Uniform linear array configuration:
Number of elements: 64
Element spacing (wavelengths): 0.5
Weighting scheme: blackman
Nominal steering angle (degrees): -45
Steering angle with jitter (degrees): -44.473
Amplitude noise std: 0.05
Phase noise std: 0.05

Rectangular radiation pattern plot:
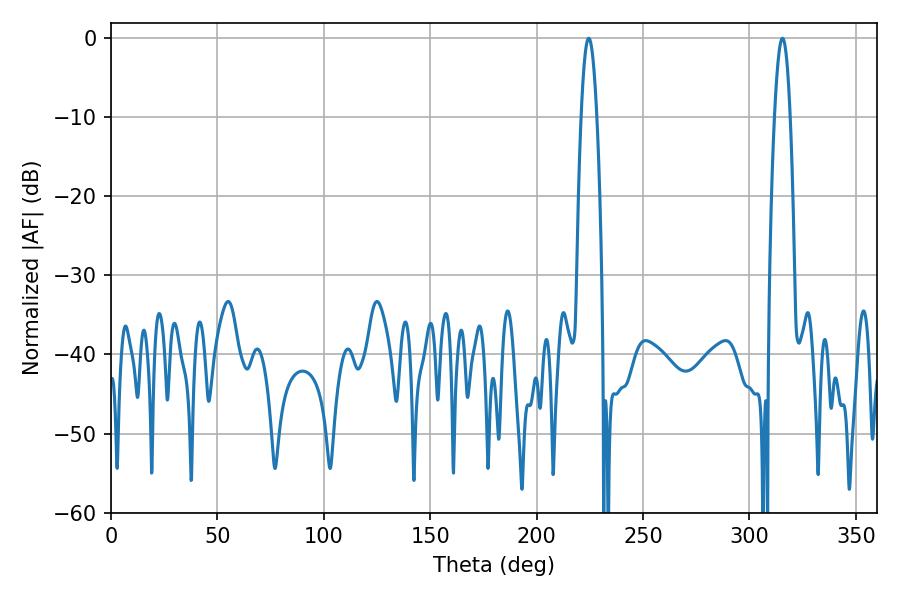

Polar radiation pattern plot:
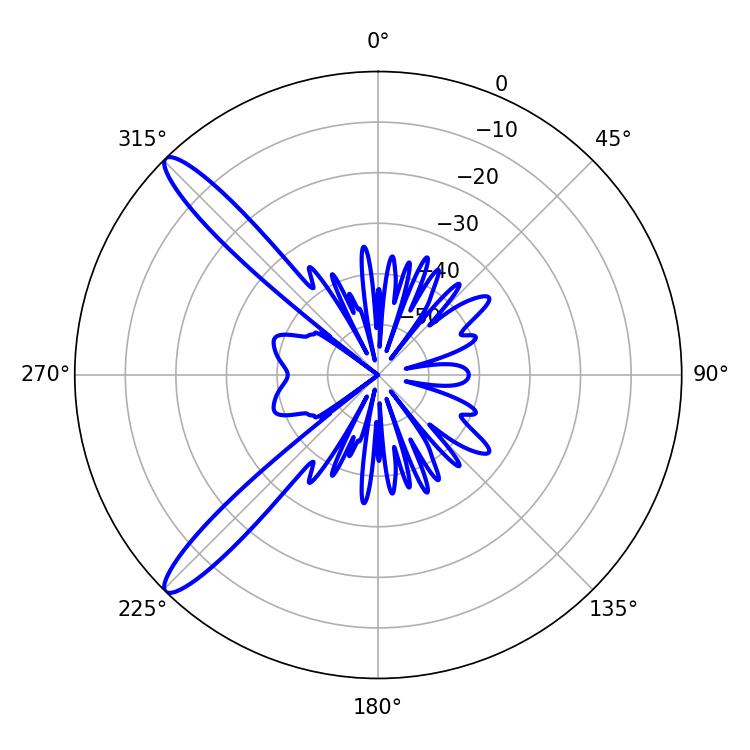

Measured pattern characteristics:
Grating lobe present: FALSE
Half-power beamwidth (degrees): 3.96
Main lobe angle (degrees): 224.46